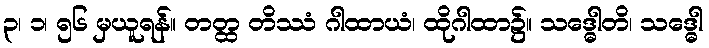
၃၊ ၁၊ ၅၆ မှယူရန်။ တတ္ထ တိဿံ ဂါထာယံ၊ ထိုဂါထာ၌။ သဒ္ဓေါတိ၊ သဒ္ဓေါ